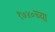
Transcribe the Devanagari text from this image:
१७४०च्या